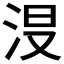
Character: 𣴉